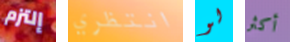
إلتزم انتظري لو أكثر